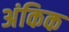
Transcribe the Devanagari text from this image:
अंकिक